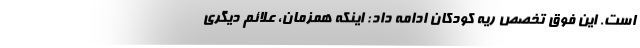
است. این فوق تخصص ریه کودکان ادامه داد: اینکه همزمان، علائم دیگری